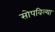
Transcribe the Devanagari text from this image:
सोपविल्या